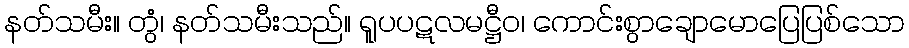
နတ်သမီး။ တွံ၊ နတ်သမီးသည်။ ရူပပဋလမဋ္ဌီဝ၊ ကောင်းစွာချောမောပြေပြစ်သော